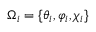
\Omega _ { i } = \lbrace \theta _ { i } , \varphi _ { i } , \chi _ { i } \rbrace